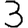
Digit: 3